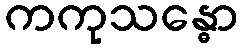
ကကုသန္ဓော